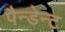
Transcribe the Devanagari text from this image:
पैन्डेन्ट